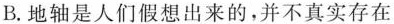
B.地轴是人们假想出来的，并不真实存在